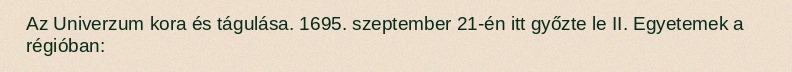
Az Univerzum kora és tágulása. 1695. szeptember 21-én itt győzte le II. Egyetemek a régióban: